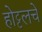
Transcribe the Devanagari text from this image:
होट्टलचे